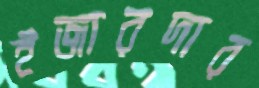
ইজারদার